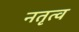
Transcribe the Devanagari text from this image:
नतृत्व